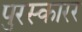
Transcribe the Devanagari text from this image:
पुरस्कारर